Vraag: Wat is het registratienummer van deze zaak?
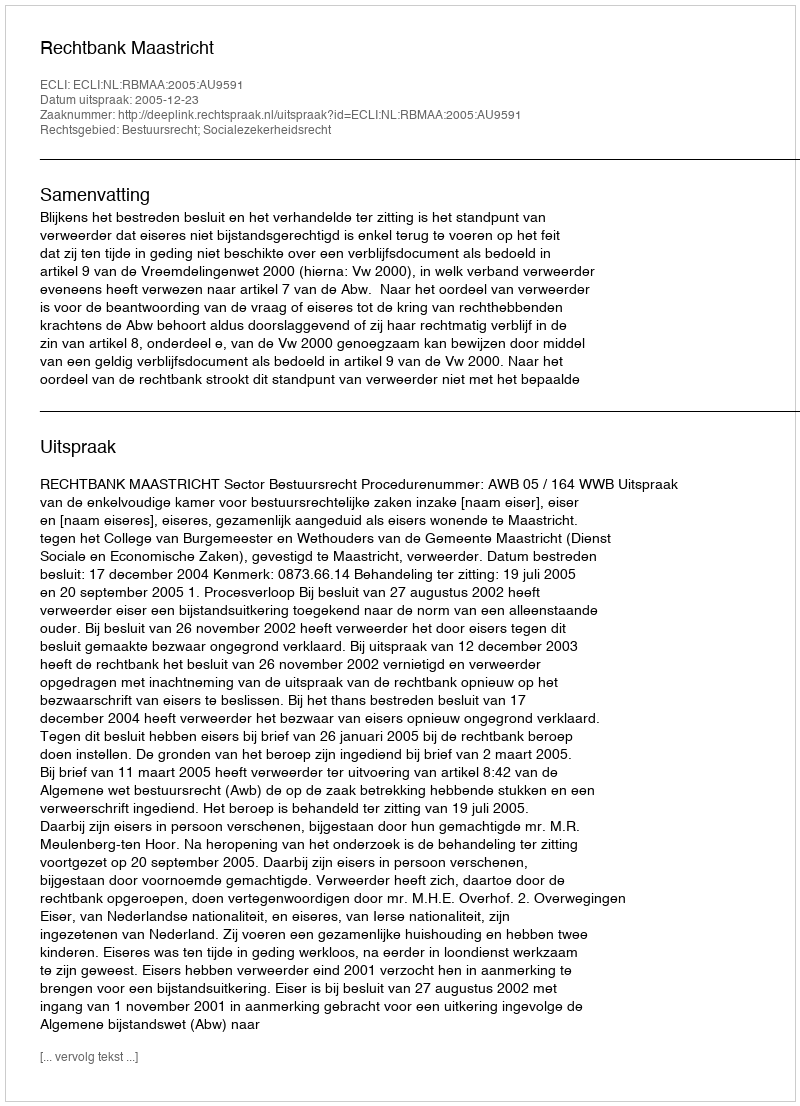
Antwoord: http://deeplink.rechtspraak.nl/uitspraak?id=ECLI:NL:RBMAA:2005:AU9591